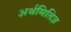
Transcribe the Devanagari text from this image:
अर्थमितिज्ञ